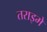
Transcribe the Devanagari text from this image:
तराइमे